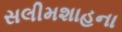
સલીમશાહના